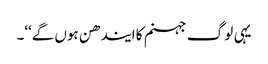
یہی لو گ جہنم کا ایندھن ہوں گے‘‘۔